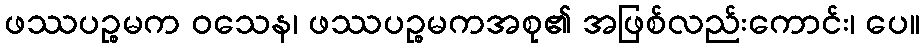
ဖဿပဉ္စမက ဝသေန၊ ဖဿပဉ္စမကအစု၏ အဖြစ်လည်းကောင်း၊ ပေ။